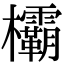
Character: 欛